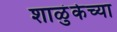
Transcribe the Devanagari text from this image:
शाळुंकेच्या